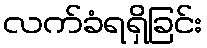
လက်ခံရရှိခြင်း